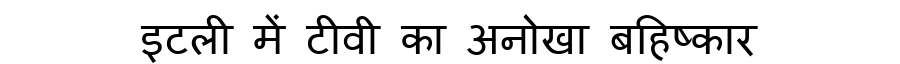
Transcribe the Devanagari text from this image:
इटली में टीवी का अनोखा बहिष्कार